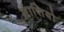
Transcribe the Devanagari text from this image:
लाशियो